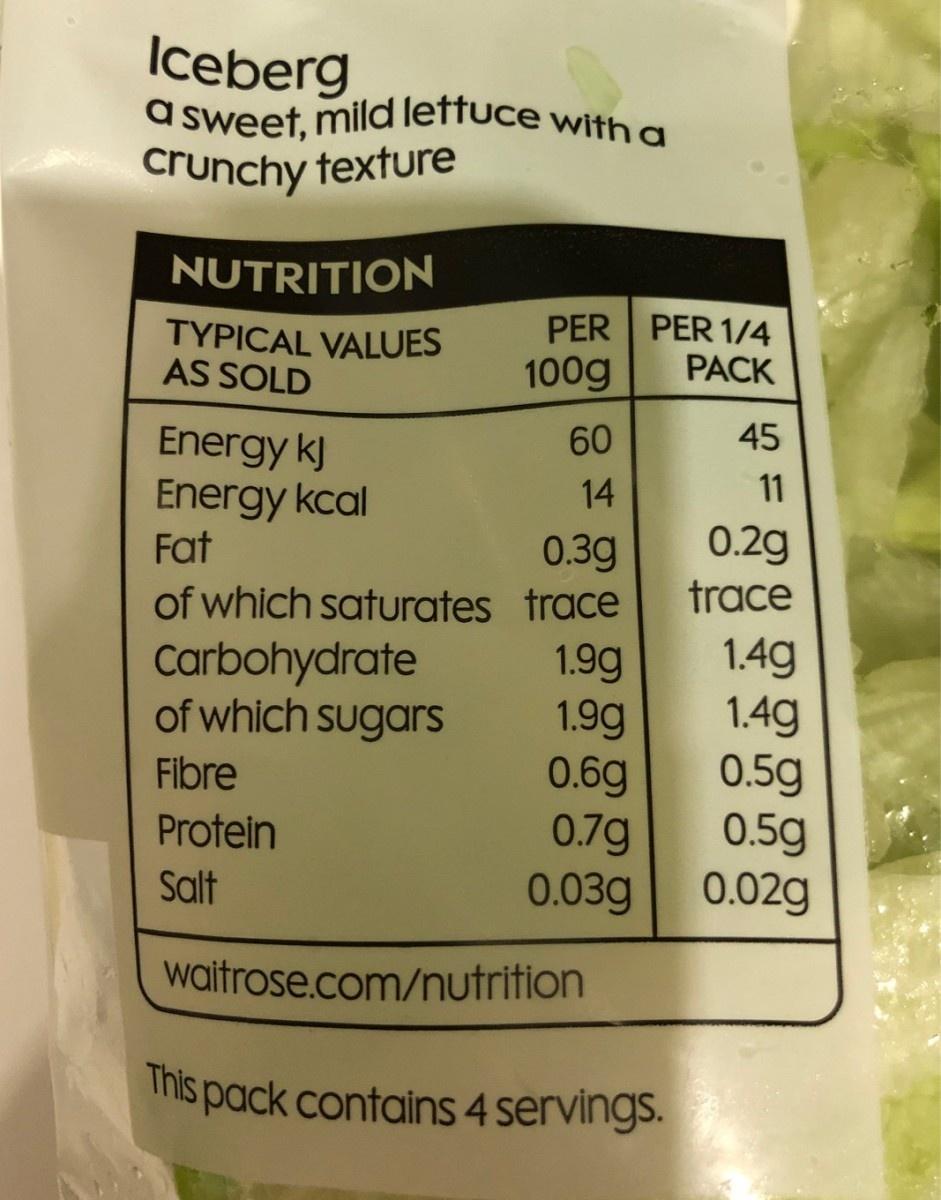
Iceberg a sweet, mild leftuce with a crunchy texture NUTRITION PER PER 1/4 TYPICAL VALUES AS SOLD PACK 100g 45 60 Energy kJ Energy kcal Fat 11 14 0.2g 0.3g of which saturates trace trace 1.4g 1.4g 0.5g 0.5g 0.02g Carbohydrate of which sugars 1.9g 1.9g 0.6g 0.7g 0.03g Fibre Protein Salt waitrose.com/nutrition This pack contains 4 servings.